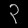
Digit: ၃